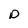
Character: o